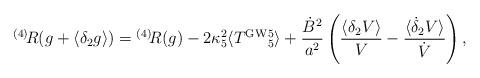
LaTeX: \begin{align*}{}^{(4)}\!R(g+\langle\delta_2g\rangle)= {}^{(4)}\!R(g)-2\kappa_5^2\langle T^{\rm GW}{}^5_5\rangle + \frac{\dot B^2}{a^2}\left(\frac{\langle\delta_2 V\rangle}{V}-\frac{\langle\dot \delta_2 V\rangle}{\dot V}\right),\end{align*}